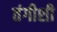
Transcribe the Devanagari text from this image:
तंगीशी